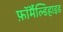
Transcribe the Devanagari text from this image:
फ़ॉर्मैल्डिहाइड